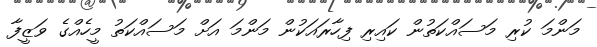
މަންމަ ކުރި މަސައްކަތުން ކައިރި ފިހާރައަކުން މަންމަ އަށް މަސައްކަތު މީހެއްގެ ވަޒީފާ